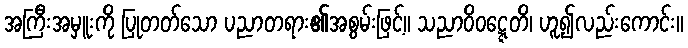
အကြီးအမှူးကို ပြုတတ်သော ပညာတရား၏အစွမ်းဖြင့်။ သညာဝိဝဋ္ဋေတိ၊ ဟူ၍လည်းကောင်း။